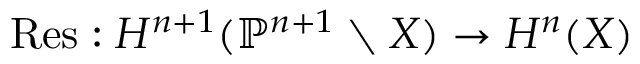
{ \mathrm { R e s } } : H ^ { n + 1 } ( \mathbb { P } ^ { n + 1 } \setminus X ) \to H ^ { n } ( X )